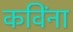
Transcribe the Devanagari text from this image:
कविंना